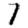
Digit: 7